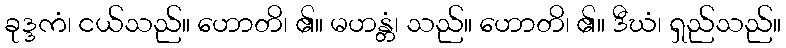
ခုဒ္ဒကံ၊ ငယ်သည်။ ဟောတိ၊ ၏။ မဟန္တံ၊ သည်။ ဟောတိ၊ ၏။ ဒီဃံ၊ ရှည်သည်။